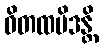
ဝိတထမိဒန္တိ